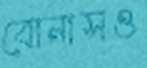
বোনাসও